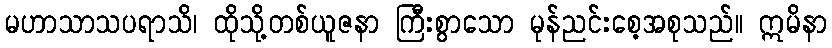
မဟာသာသပရာသိ၊ ထိုသို့တစ်ယူဇနာ ကြီးစွာသော မုန်ညင်းစေ့အစုသည်။ ဣမိနာ